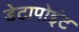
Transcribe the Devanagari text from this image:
डेटापोइंट